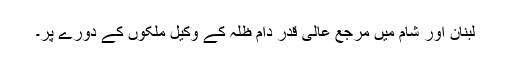
لبنان اور شام میں مرجع عالی قدر دام ظلہ کے وکیل ملکوں کے دورے پر۔